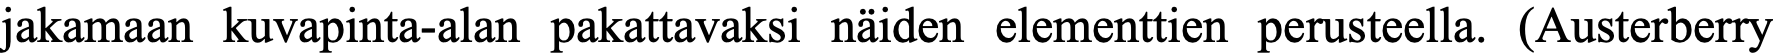
jakamaan kuvapinta-alan pakattavaksi näiden elementtien perusteella. (Austerberry